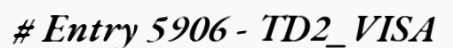
# Entry 5906 - TD2_VISA